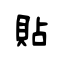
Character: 貼